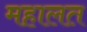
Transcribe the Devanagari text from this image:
महालत